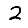
Digit: 2